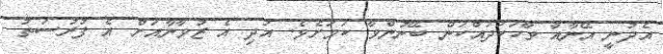
އެދުނީ އޭނާއާ ވާހަކަދައްކަން ބޭނުންވާ ކަމަށެވެ. އަދި އެ ޒުވާނާއަަށް އެ ފުރުސަތު